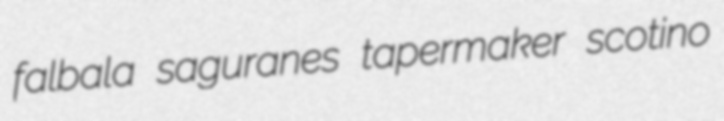
falbala saguranes tapermaker scotino